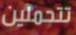
تتحملين